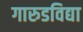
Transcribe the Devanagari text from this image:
गारुडविद्या